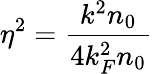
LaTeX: \eta^{2}=\frac{k^{2}n_{0}}{4k_{F}^{2}n_{0}}